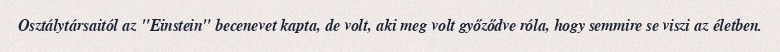
Osztálytársaitól az "Einstein" becenevet kapta, de volt, aki meg volt győződve róla, hogy semmire se viszi az életben.